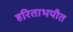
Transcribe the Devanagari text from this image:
हरिताभपीत